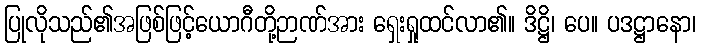
ပြုလိုသည်၏အဖြစ်ဖြင့်ယောဂီတို့ဉာဏ်အား ရှေးရှုထင်လာ၏။ ဒိဋ္ဌိ၊ ပေ။ ပဒဋ္ဌာနော၊